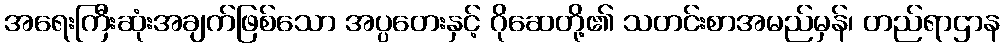
အရေးကြီးဆုံးအချက်ဖြစ်သော အပ္ပတေးနှင့် ဂိုဆေတို့၏ သတင်းစာအမည်မှန်၊ တည်ရာဌာန